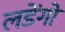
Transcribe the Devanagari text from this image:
लडेंगो